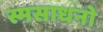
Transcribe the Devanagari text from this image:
स्मसाधनो